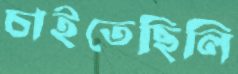
চাইতেছিলি